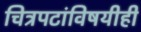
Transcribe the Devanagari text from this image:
चित्रपटांविषयीही